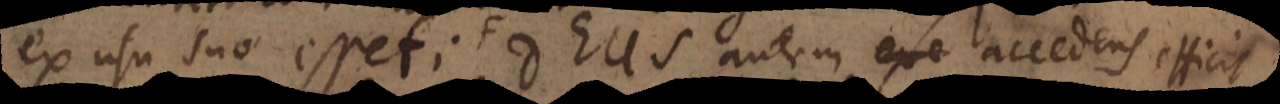
ex usu suo esset; Deus autem accedens efficit